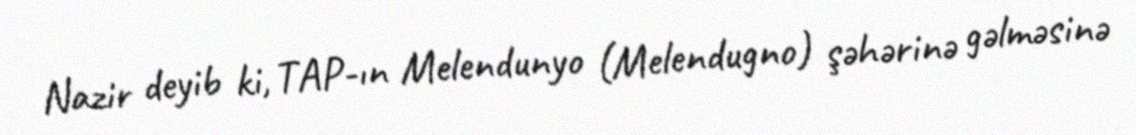
Nazir deyib ki, TAP-ın Melendunyo (Melendugno) şəhərinə gəlməsinə